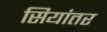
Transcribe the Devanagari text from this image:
सियांतर